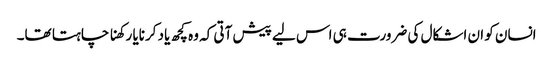
انسان کو ان اشکال کی ضرورت ہی اس لیے پیش آتی کہ وہ کچھ یاد کرنایا رکھنا چاہتا تھا۔